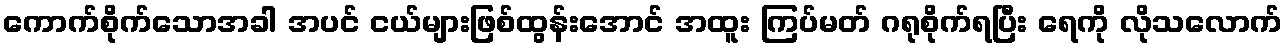
ကောက်စိုက်သောအခါ အပင် ငယ်များဖြစ်ထွန်းအောင် အထူး ကြပ်မတ် ဂရုစိုက်ရပြီး ရေကို လိုသလောက်